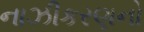
નાઝીકરણનો